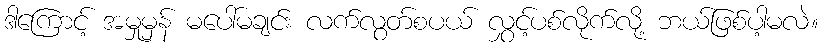
ဒါကြောင့် အမှုမှန် မပေါ်မချင်း လက်လွတ်စပယ် လွှင့်ပစ်လိုက်လို့ ဘယ်ဖြစ်ပါ့မလဲ။